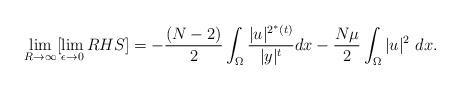
LaTeX: \begin{align*} \lim_{R \rightarrow \infty} [\lim_{\epsilon \rightarrow 0} RHS] = - \frac{(N-2)}{2} \int_{\Omega} \frac{|u|^{2^*(t)}}{|y|^t} dx - \frac{N\mu}{2} \int_{\Omega} |u|^2 \ dx.\end{align*}